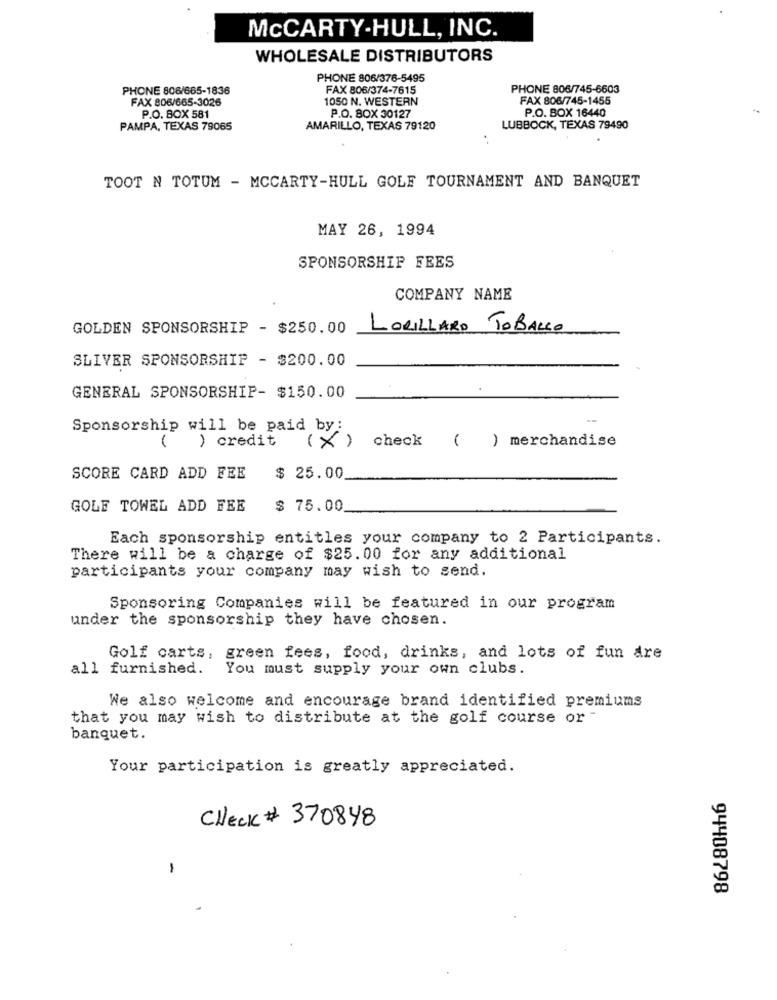
MCCARTY-HULL, INC.
WHOLESALE DISTRIBUTORS
PHONE 806/376-5495
PHONE 806/665-1836
FAX 806/374-7615
PHONE 806/745-6603
FAX 806/665-3026
1050 N. WESTERN
FAX 806/745-1455
P.O. BOX 30127
P.O. BOX 16440
P.O. BOX 581
PAMPA, TEXAS 79065
AMARILLO, TEXAS 79120
LUBBOCK, TEXAS 79490
TOOT N TOTUM - MCCARTY-HULL GOLF TOURNAMENT AND BANQUET
MAY 26, 1994
SPONSORSHIP FEES
COMPANY NAME
GOLDEN SPONSORSHIP - $250.00
LORILLARD TOBALLO
SLIVER SPONSORSHIP - $200.00
GENERAL SPONSORSHIP- $150.00
Sponsorship will be paid by:
) credit
check ( ) merchandise
(X)
SCORE CARD ADD FEE
$ 25.00
GOLE TOWEL ADD FEE
$ 75.00
Each sponsorship entitles your company to 2 Participants.
There will be a charge of $25.00 for any additional
participants your company may wish to send.
Sponsoring Companies will be featured in our program
under the sponsorship they have chosen.
Golf carts, green fees, food, drinks, and lots of fun are
all furnished.
You must supply your own clubs.
We also welcome and encourage brand identified premiums
that you may wish to distribute at the golf course or "
banquet.
Your participation is greatly appreciated.
Check # 370848
-
94408798